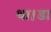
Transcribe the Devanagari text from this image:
था।डा